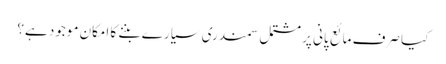
کیا صرف مائع پانی پر مشتمل سمندری سیارے بننے کا امکان موجود ہے؟